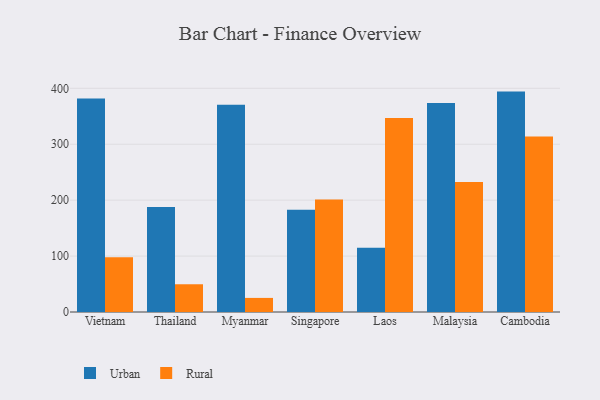
{"axis": {"x": "Country", "y": "Backlog"}, "legend": ["Rural", "Urban"], "data": [{"x": "Vietnam", "y": 381.7, "type": "Urban"}, {"x": "Vietnam", "y": 97.7, "type": "Rural"}, {"x": "Thailand", "y": 187.9, "type": "Urban"}, {"x": "Thailand", "y": 49.6, "type": "Rural"}, {"x": "Myanmar", "y": 370.7, "type": "Urban"}, {"x": "Myanmar", "y": 25.2, "type": "Rural"}, {"x": "Singapore", "y": 182.7, "type": "Urban"}, {"x": "Singapore", "y": 201.3, "type": "Rural"}, {"x": "Laos", "y": 114.9, "type": "Urban"}, {"x": "Laos", "y": 347.0, "type": "Rural"}, {"x": "Malaysia", "y": 373.5, "type": "Urban"}, {"x": "Malaysia", "y": 232.3, "type": "Rural"}, {"x": "Cambodia", "y": 394.1, "type": "Urban"}, {"x": "Cambodia", "y": 313.9, "type": "Rural"}]}